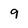
Character: 9